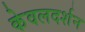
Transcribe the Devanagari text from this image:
केवलदर्शन